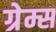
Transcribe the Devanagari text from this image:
ग्रेम्स